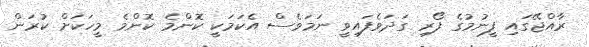
ރާއްޖޭގައި ފީނުމުގެ ފޯރި ގަދަވެފައިވީ ނަމަވެސް އެކަމަކީ ކޮންމެ ކޮންމެ މީހަކަށް ކުރަން